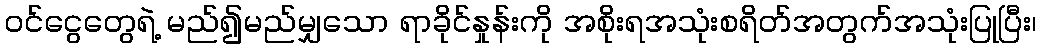
၀င်ငွေတွေရဲ့ မည်၍မည်မျှသော ရာခိုင်နှုန်းကို အစိုးရအသုံးစရိတ်အတွက်အသုံးပြုပြီး၊